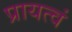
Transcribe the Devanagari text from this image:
प्रायत्वं